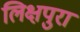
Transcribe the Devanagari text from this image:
लिक्षपुरा